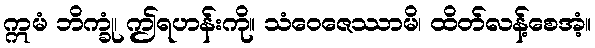
ဣမံ ဘိက္ခုံ၊ ဤရဟန်းကို။ သံဝေဇေဿာမိ၊ ထိတ်လန့်စေအံ့။